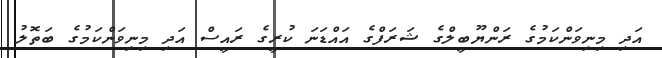
އަދި މިނިވަންކަމުގެ ރަންޔޫބީލްގެ ޝަރަފްގެ އައްޑަނަ ކުރީގެ ރައީސް އަދި މިނިވަންކަމުގެ ބަތޮލު